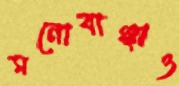
মনোবাঞ্ছাও